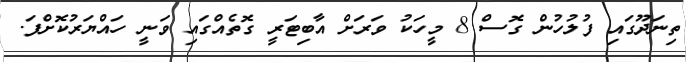
ތިނަދޫގައި ފުލުހުން ގޮސް 8 މީހަކު ވަރަށް އާބިޓަރީ ގޮތެއްގައި ވަނީ ހައްޔަރުކޮށްފަ.